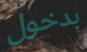
بدخول